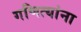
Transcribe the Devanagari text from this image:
गणित्यांना